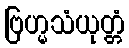
ဗြဟ္မသံယုတ္တံ